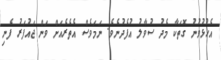
އެހުޅުވުނު ގޮތަކާ މެދު ސުވާލު އުފެދުނެވެ. ނަމަވެސް އެތެރެއަށް ވަން ޖައުފަރު ފެނި